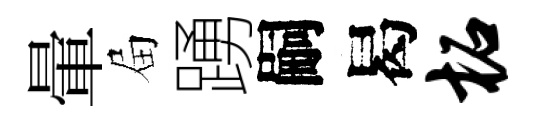
暈屇踴嗣曷柘